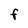
Character: F